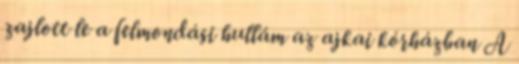
zajlott le a felmondási hullám az ajkai kórházban A